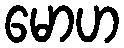
မောဟ